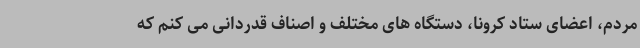
مردم، اعضای ستاد کرونا، دستگاه های مختلف و اصناف قدردانی می کنم که